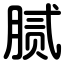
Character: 腻